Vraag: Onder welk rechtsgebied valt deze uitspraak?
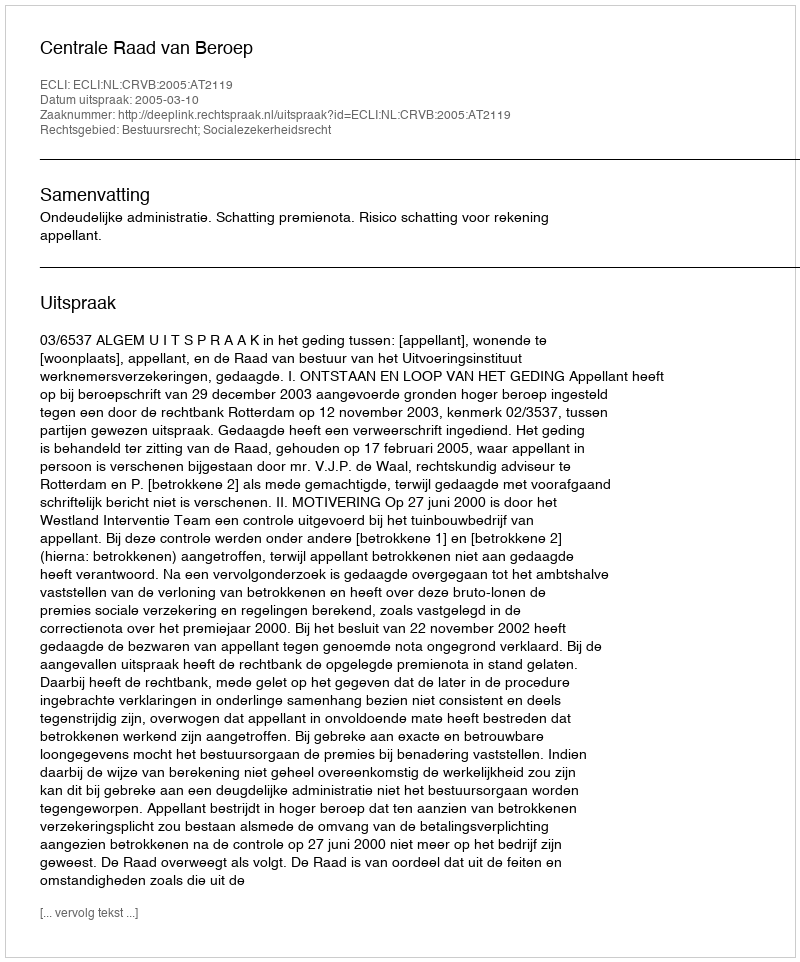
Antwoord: Bestuursrecht; Socialezekerheidsrecht